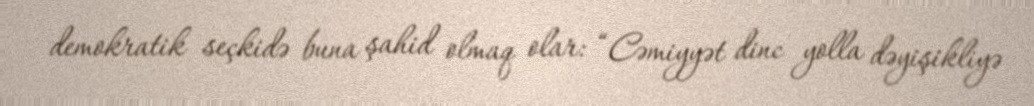
demokratik seçkidə buna şahid olmaq olar: “Cəmiyyət dinc yolla dəyişikliyə